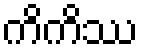
ကိကိဿ